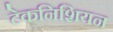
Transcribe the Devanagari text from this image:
टेकनिशियन